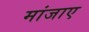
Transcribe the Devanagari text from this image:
मांजाए